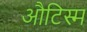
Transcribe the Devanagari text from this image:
औटिस्म